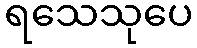
ရသေသုပေ